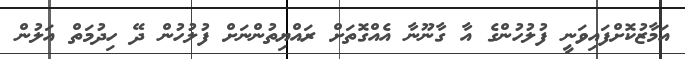
އަމާޒުކޮށްފައިވަނީ ފުލުހުންގެ އާ ގާނޫނާ އެއްގޮތަށް ރައްޔިތުންނަށް ފުލުހުން ދޭ ހިދުމަތް އަލުން